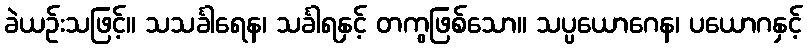
ခဲယဉ်းသဖြင့်။ သသင်္ခါရေန၊ သင်္ခါရနှင့် တကွဖြစ်သော။ သပ္ပယောဂေန၊ ပယောဂနှင့်